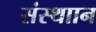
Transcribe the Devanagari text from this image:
संस्थाान